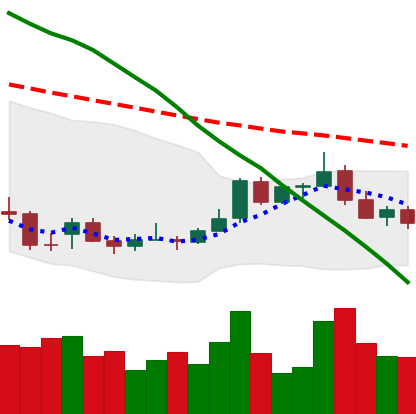
Ticker: ADA-USD
Chart end date: 2021-12-31
Forward return: -5.664%
Label: down_5_7